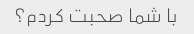
با شما صحبت کردم؟